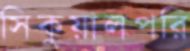
সিকুয়ালপরি